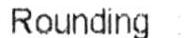
ROUNDING :